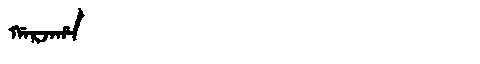
Manchu: ᡤᠠᡵᠵᠠᡥᠠ
Romanization: GARJAHA